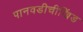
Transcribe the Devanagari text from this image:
पानवडीचीखिंड